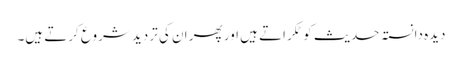
دیدہ دانستہ حدیث کو ٹکراتے ہیں اور پھر ان کی تردید شروع کرتے ہیں۔